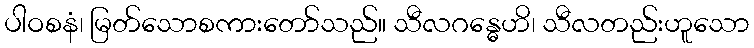
ပါဝစနံ၊ မြတ်သောစကားတော်သည်။ သီလဂန္ဓေဟိ၊ သီလတည်းဟူသော